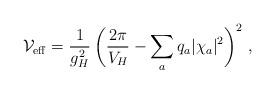
LaTeX: \begin{align*}{\cal V}_{\rm eff}={1\over g_H^2}\, \bigg({2\pi\over V_H}-\sum_a q_a|\chi_a|^2\bigg)^2\ ,\end{align*}